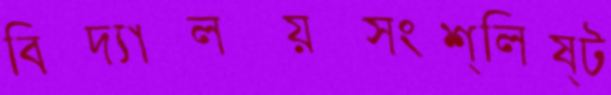
বিদ্যালয়সংশ্লিষ্ট